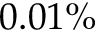
0 . 0 1 \%